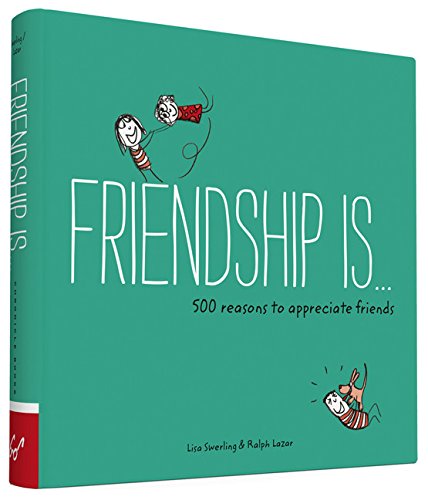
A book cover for Friendship Is . . .: 500 Reasons to Appreciate Friends; Lisa Swerling; Self-Help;